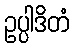
ဥပ္ပါဒိတံ